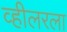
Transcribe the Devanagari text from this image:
व्हीलरला